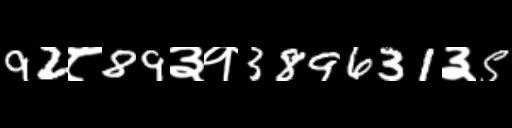
Text: 92८89३१389631३5